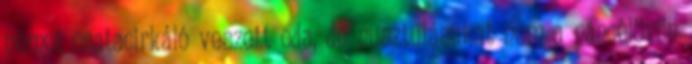
német csatacirkáló veszett oda, de pusztulásukat nem a páncélövön